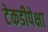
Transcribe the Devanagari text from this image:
टेकडीपेक्षा